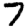
Digit: 7